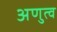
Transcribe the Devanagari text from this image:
अणुत्व